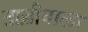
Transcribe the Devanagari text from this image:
ताड़ीवाला